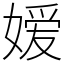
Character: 嫒